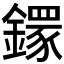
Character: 𨬸